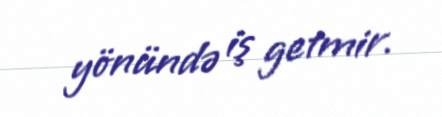
yönündə iş getmir.